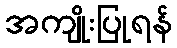
အကျိုးပြုရန်